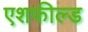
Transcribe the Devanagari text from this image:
एशफील्ड